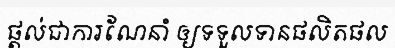
ផ្តល់ជាការណែនាំ ឲ្យទទួលទានផលិតផល